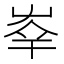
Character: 𡴖